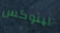
لينوكس